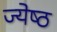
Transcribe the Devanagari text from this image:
ज्‍येष्‍ठ